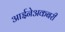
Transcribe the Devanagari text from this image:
आईनेअकबरी